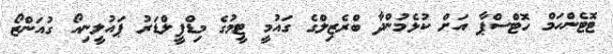
ޓޮޓެންހަމް ހޮޓްސްޕާ އަށް ކުޅެމުންދާ ބްރެޒިލްގެ ގައުމީ ޓީމުގެ މިޑްފީލްޑަރު ޕައުލީނިއޯ ގުއަންޒޯ